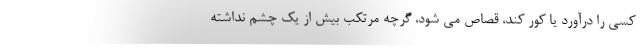
کسی را درآورد یا کور کند، قصاص می شود، گرچه مرتکب بیش از یک چشم نداشته